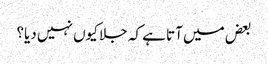
بعض میں آتا ہے کہ جلا کیوں نہیں دیا؟